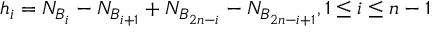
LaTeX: h _ { i } = N _ { B _ { i } } - N _ { B _ { i + 1 } } + N _ { B _ { 2 n - i } } - N _ { B _ { 2 n - i + 1 } } , 1 \leq i \leq n - 1